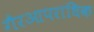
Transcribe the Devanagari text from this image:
गैरआपराधिक